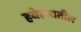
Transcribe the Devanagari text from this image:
हवेल्यातील